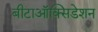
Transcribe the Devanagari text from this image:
बीटाऑक्सिडेशन